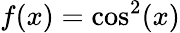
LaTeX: f(x)=\cos^{2}(x)